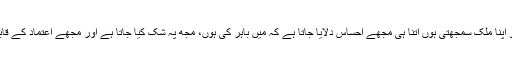
جتنا میں امریکہ کو اپنا ملک سمجھتی ہوں اُتنا ہی مجھے احساس دلایا جاتا ہے کہ میں باہر کی ہوں، مجھ پہ شک کیا جاتا ہے اور مجھے اعتماد کے قابل نہیں سمجھا جاتا۔